Report on sanitation, dispensaries, and jails in Rajputana for 1921, and on vaccination for the year 1921-1922 - 1921-1922
Year: 1921
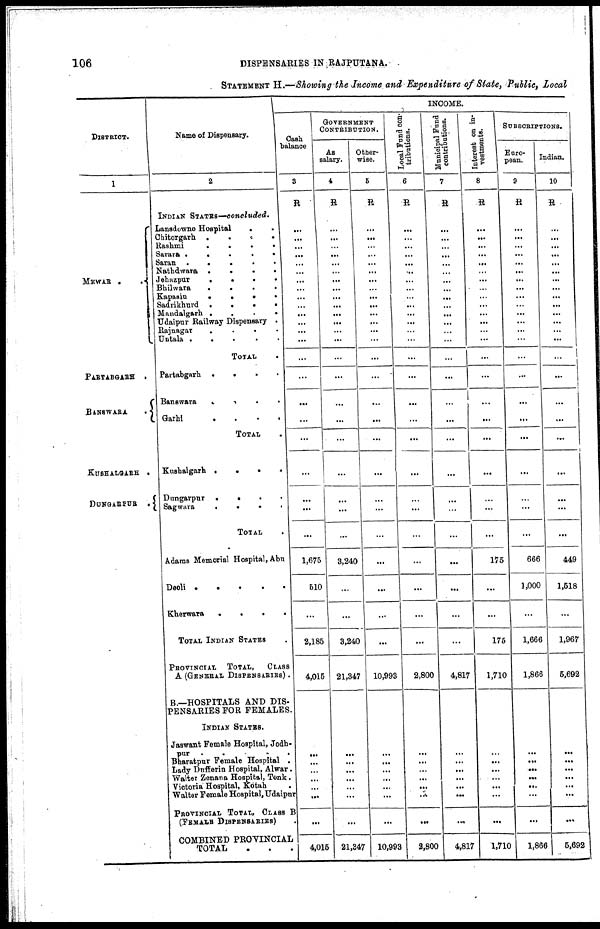
106
DISPENSARIES IN RAJPUTANA.
STATEMENT H.—Showing the Income and Expenditure of State, Public, Local
DISTRICT.
1
MEWAR ..
PARTABGARH
.
BANSWARA.
KUSHALGARH .
DUNGARPUR .
Name of Dispensary.
2
INDIAN STATES—concluded.
Lansdowne Hospital
..
Chitorgarh
....
Rashmi
....
Sarara
....
Saran
....
Nathdwara
....
Jehazpur
....
Bhilwara
....
Kapasin
....
Sadrikhurd
....
Mandalgarh
....
Udaipur Railway Dispensary .
Rajnagar
.
.
.
.
Untala
.
.
.
.
.
TOTAL.
Partabgarh
....
Banswara
....
Garhi
.
.
.
.
TOTAL .
Kushalgarh
....
Dungarpur
....
Sagwara
....
TOTAL .
Adams Memorial Hospital, Abu
Deoli
....
Kherwara
....
TOTAL INDIAN STATES .
PROVINCIAL
TOTAL,
CLASS
A (GENERAL DISPENSARIES) .
B.—HOSPITALS AND DIS-
PENSARIES FOR FEMALES.
INDIAN STATES.
Jaswant Female Hospital, Jodh-
pur
.....
Bharatpur Female Hospital .
Lady Dufferin Hospital, Alwar.
Walter Zenana Hospital, Tonk.
Victoria Hospital, Kotah .
Walter Female Hospital, Udaipur
PROVINCIAL TOTAL, CLASS B
(FEMALE DISPENSARIES).
COMBINED PROVINCIAL
TOTAL ...
INCOME.
Cash
balance
3
R
...
...
...
...
...
...
...
...
...
... ...
...
...
...
...
...
...
...
...
...
...
...
...
1,675
510
...
2,185
4,015
...
...
...
...
...
...
...
4,015
GOVERNMENT
CONTRIBUTION.
As
salary.
4
R
...
...
...
...
...
...
...
...
...
...
...
...
...
...
...
...
...
...
...
...
...
...
...
3,240
...
...
3,240
21,347
...
...
...
...
...
...
...
21,347
Other-
wise.
5
R
...
...
...
...
...
...
...
...
...
...
...
...
...
...
...
...
...
...
...
...
...
...
...
...
...
...
...
10,993
...
...
...
...
...
...
...
10,993
Local Fund con-
tributions.
6
R
...
...
...
...
...
...
...
...
...
...
...
...
...
...
...
...
...
...
...
...
...
...
...
...
...
...
...
2,800
...
...
...
...
...
...
...
2,800
Municipal Fund
contributions.
7
R
...
...
...
...
...
...
...
...
...
...
...
...
...
...
...
...
...
...
...
...
...
...
...
...
...
...
...
4,817
...
...
...
...
...
...
...
4,817
Interest on in-
vestments.
8
R
...
...
...
...
...
...
...
...
...
...
...
...
...
...
...
...
...
...
...
...
...
...
...
175
...
...
175
1,710
...
...
...
...
...
...
...
1,710
SUBSCRIPTIONS.
Euro-
pean.
9
R
...
...
...
...
...
...
...
...
...
... ...
...
...
...
...
...
...
...
...
...
...
...
...
666
1,000
...
1,666
1,866
...
...
...
...
...
...
...
1,866
Indian.
10
R
...
...
...
...
...
...
...
...
...
...
...
...
...
...
...
...
...
...
...
...
...
...
...
449
1,518
...
1,967
5,692
...
...
...
...
...
...
...
5,692